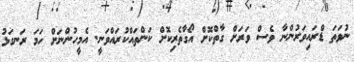
ނުވަތަ ޑްރައިވަރުންނާ ވެސް ވަރަށް ގާތްކޮށް އޯގާތެރިކޮށް ކަންތައްކުރައްވަނީ. އެމީހުންނަށް ހަމަ ރަނގަޅު